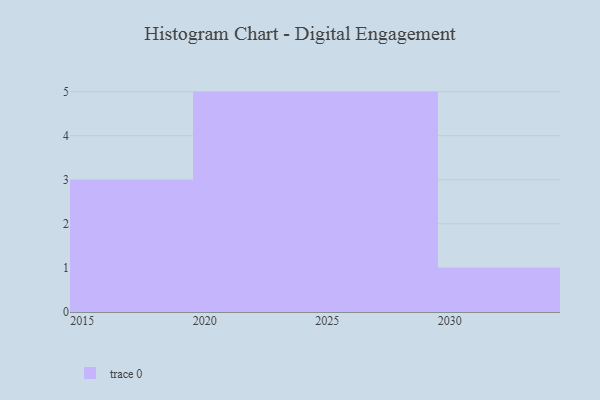
{"axis": {"x": "Year", "y": "Customer Acquisition Cost (USD)"}, "legend": [""], "data": [{"x": "2021", "y": 79, "type": ""}, {"x": "2025", "y": 46, "type": ""}, {"x": "2027", "y": 6, "type": ""}, {"x": "2024", "y": 34, "type": ""}, {"x": "2018", "y": 91, "type": ""}, {"x": "2030", "y": 2, "type": ""}, {"x": "2019", "y": 47, "type": ""}, {"x": "2020", "y": 9, "type": ""}, {"x": "2026", "y": 20, "type": ""}, {"x": "2022", "y": 29, "type": ""}, {"x": "2029", "y": 77, "type": ""}, {"x": "2028", "y": 71, "type": ""}, {"x": "2023", "y": 86, "type": ""}, {"x": "2016", "y": 98, "type": ""}]}